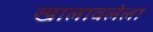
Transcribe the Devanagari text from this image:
खालावलेला